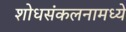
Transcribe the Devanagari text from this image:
शोधसंकलनामध्ये